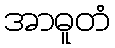
အာဓူတံ